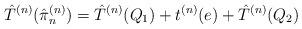
LaTeX: \begin{align*} \hat{T}^{(n)}(\hat{\pi}^{(n)}_n) = \hat{T}^{(n)}(Q_1) + {t}^{(n)}(e) + \hat{T}^{(n)}(Q_2)\end{align*}